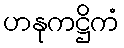
ဟနုကဋ္ဌိကံ